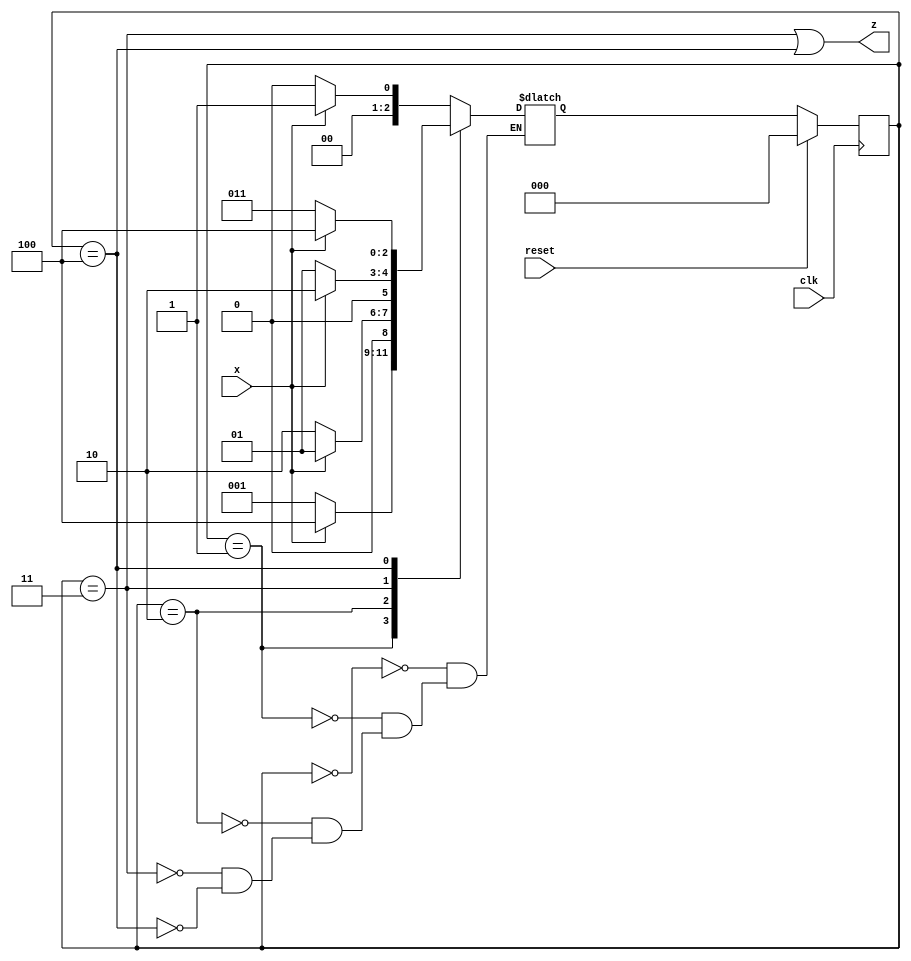
module top_module (
    input clk,
    input reset,   // Synchronous reset
    input x,
    output z
);
    parameter y0=0,y1=1,y2=2,y3=3,y4=4;
    reg [2:0] state, next_state;
    always @ (posedge clk) begin
        if(reset)
            state<=y0;
        else
            state<=next_state;
    end
    always @ (*) begin
        case(state)
            y0: next_state = x? y1: y0;
            y1: next_state = x? y4: y1;
            y2: next_state = x? y1: y2;
            y3: next_state = x? y2: y1;
            y4: next_state = x? y4: y3;
        endcase
    end
    assign z = (state==y3||state==y4);

endmodule